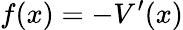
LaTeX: f(x)=-V^{\prime}(x)